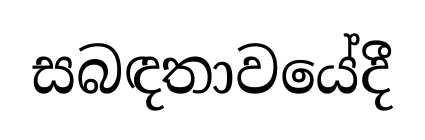
සබඳතාවයේදී